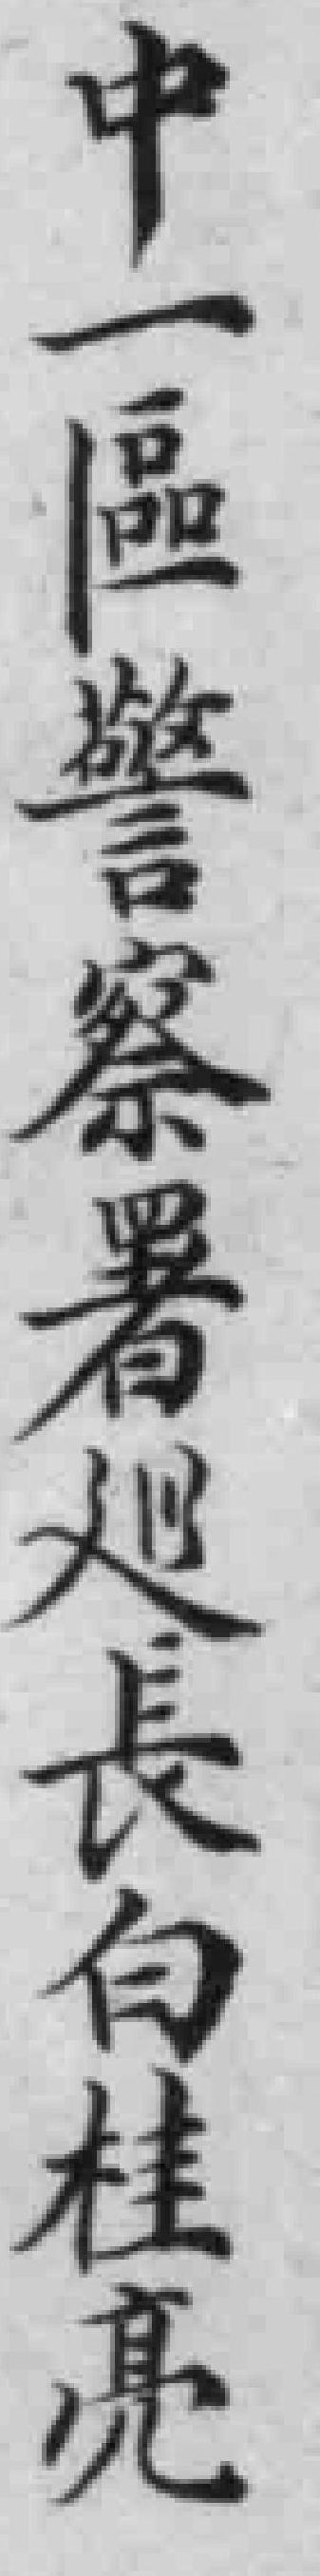
中一區警察署巡長白桂亮